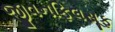
જીવનફિલસૂફ